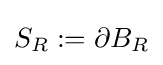
S_{R}:=\partial B_{R}